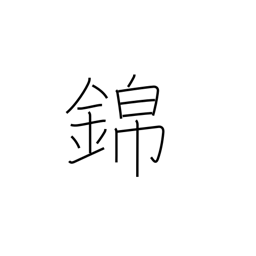
Meaning: honors